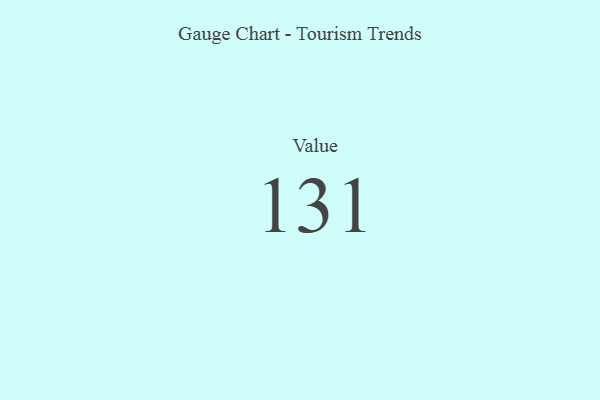
{"axis": {"x": "Metric", "y": "Value"}, "legend": [""], "data": [{"x": "Value", "y": 131, "type": ""}]}